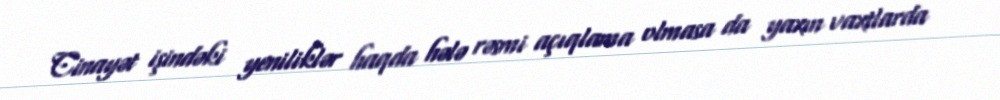
Cinayət işindəki yeniliklər haqda hələ rəsmi açıqlama olmasa da yaxın vaxtlarda